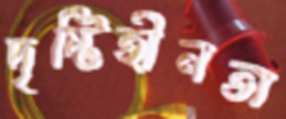
দৃষ্টিহীনতা